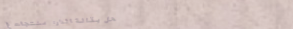
محل بقالة الدار: منتجات غ